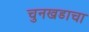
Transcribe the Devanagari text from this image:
चुनखडाचा